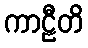
ကာဠီတိ